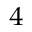
^ 4